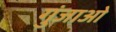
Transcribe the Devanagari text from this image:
गुंजाओ